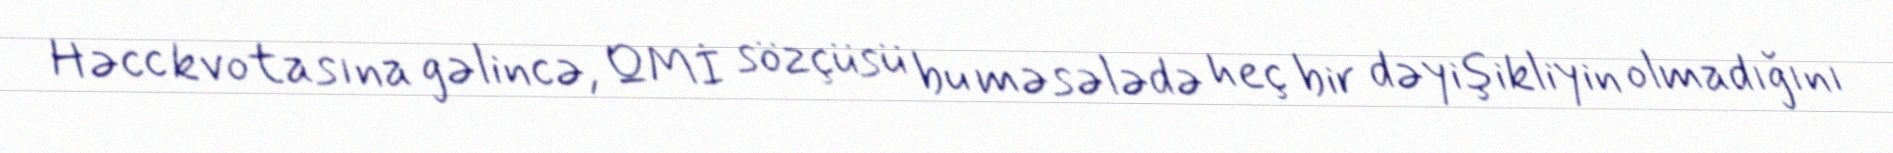
Həcc kvotasına gəlincə, QMİ sözçüsü bu məsələdə heç bir dəyişikliyin olmadığını